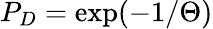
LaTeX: P_{D}=\exp(-1/\Theta)